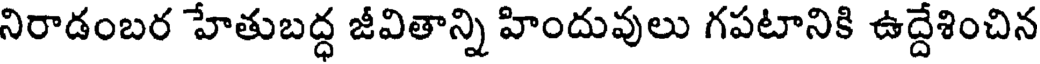
నిరాడంబర హేతుబద్ధ జీవితాన్ని హిందువులు గపటానికి ఉద్దేశించిన